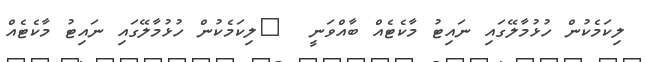
ލިކަމެކުން ހުޅުމާލޭގައި ނައިޓު މާކެޓެއް ބާއްވަނީ  	ލިކަމެކުން ހުޅުމާލޭގައި ނައިޓު މާކެޓެއް